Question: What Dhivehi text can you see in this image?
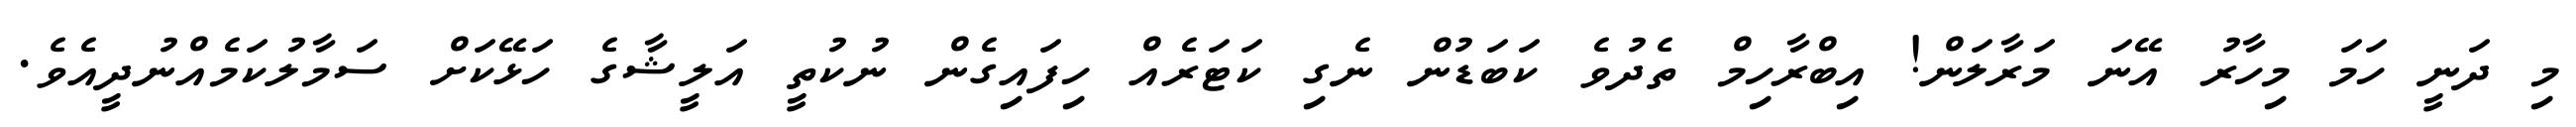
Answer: މި ދަނީ ހަމަ މިހާރު އޭނަ މަރާލަން! އިބްރާހިމް ތެދުވެ ކަބަޑުން ނެގި ކަޓަރެއް ހިފައިގެން ނުކުތީ އަލީޝާގެ ހަޅޭކަށް ސަމާލުކަމެއްނުދީއެވެ.